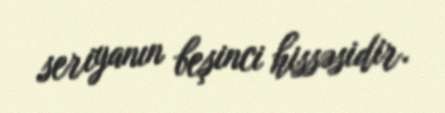
seriyanın beşinci hissəsidir.